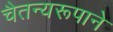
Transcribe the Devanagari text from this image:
चैतन्यरूपाने